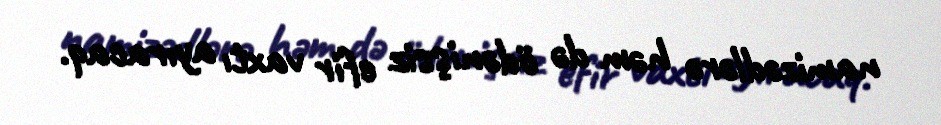
namizədlərə həm də ödənişsiz efir vaxtı ayıracaq.